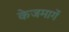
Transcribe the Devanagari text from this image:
केजमार्गे